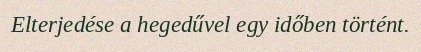
Elterjedése a hegedűvel egy időben történt.